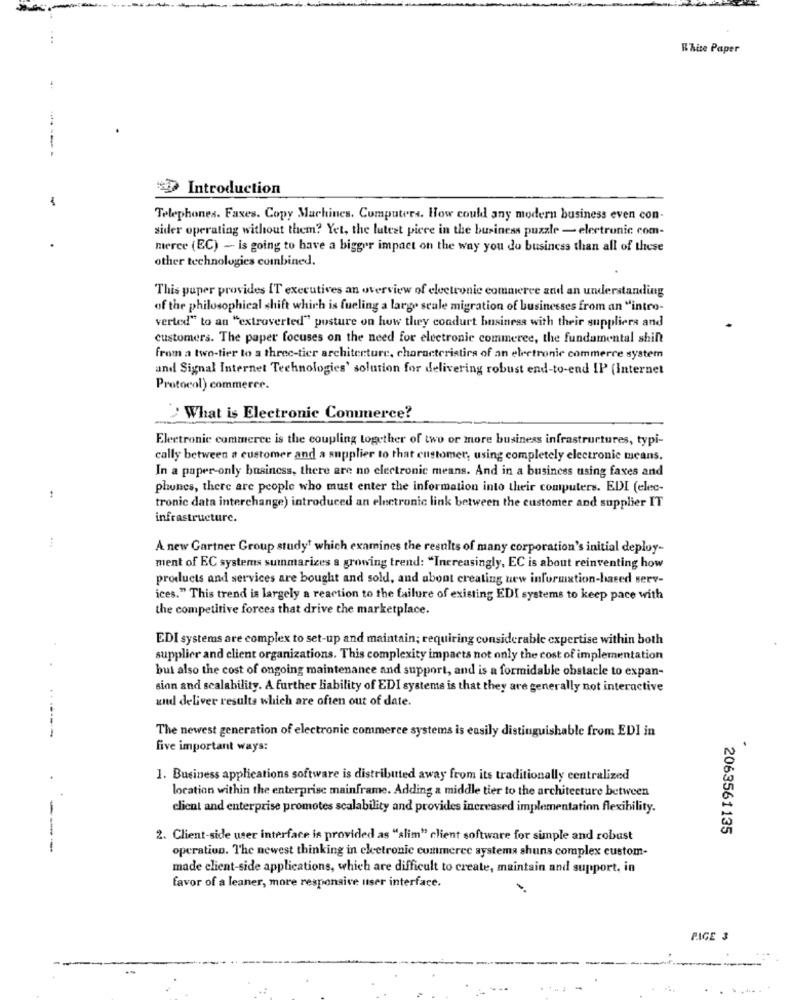
White Paper
--
Introduction
Telephones. Faxes. Copy Machines. Computers. How could any modern business even con-
sider operating without them? Yet, the latest piece in the business puzzle - electronic com-
merce (EC) - is going to have a bigger impact on the way you do business than all of these
other technologies combined.
This puper provides IT executives an overview of electronic commerce and an understanding
of the philosophical shift which is fueling a large scale migration of businesses from an "intro-
verted" to an "extroverted" posture on how they condurt business with their suppliers and
customers. The paper focuses on the need for electronic commerce, the fundamental shift
from a two-tier to a three-tier architecture, characteristics of an electronic commerce system
and Signal Internet Technologies' solution for delivering robust end-to-end IP (Internet
Protocol) commerce.
What is Electronic Conunerce?
Electronic commerce is the coupling together of two or more business infrastructures, typi-
cally between a customer and a supplier to that customer, using completely electronic means.
In a paper-only business, there are no electronic means. And in a business using faxes and
phones, there are people who must enter the information into their computers. EDI (elec-
tronic data interchange) introduced an electronic link between the customer and supplier IT
infrastructure.
A new Gartner Group study' which examines the results of many corporation's initial deploy-
ment of EC systems summarizes a growing trend: "Increasingly, EC is about reinventing how
products and services are bought and sold, and about creating new information-based serv-
ices." This trend is largely a reaction to the failure of existing EDI systems to keep pace with
the competitive forces that drive the marketplace.
EDI systems are complex to set-up and maintain; requiring considerable expertise within both
supplier and client organizations. This complexity impacts not only the cost of implementation
but also the cost of ongoing maintenance and support, and is a formidable obstacle to expan-
sinn and scalability. A further liability of EDI systems is that they are generally not interactive
and deliver results which are often out of date.
The newest generation of electronic commerce systems is easily distinguishable from EDI in
five important ways:
.
.
1. Business applications software is distributed away from its traditionally centralized
location within the enterprise mainframe. Adding a middle tier to the architecture between
client and enterprise promotes scalability and provides increased implementation flexibility.
2063561135
2. Client-side user interface is provided as "slim" client software for simple and robust
---
operation. The newest thinking in cleetronic commerce systems shuns complex custom-
made client-side applications, which are difficult to create, maintain and support, in
favor of a leaner, more responsive user interface.
PIGE 3